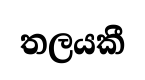
තලයකී